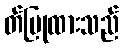
တ်ပြုထားသည်